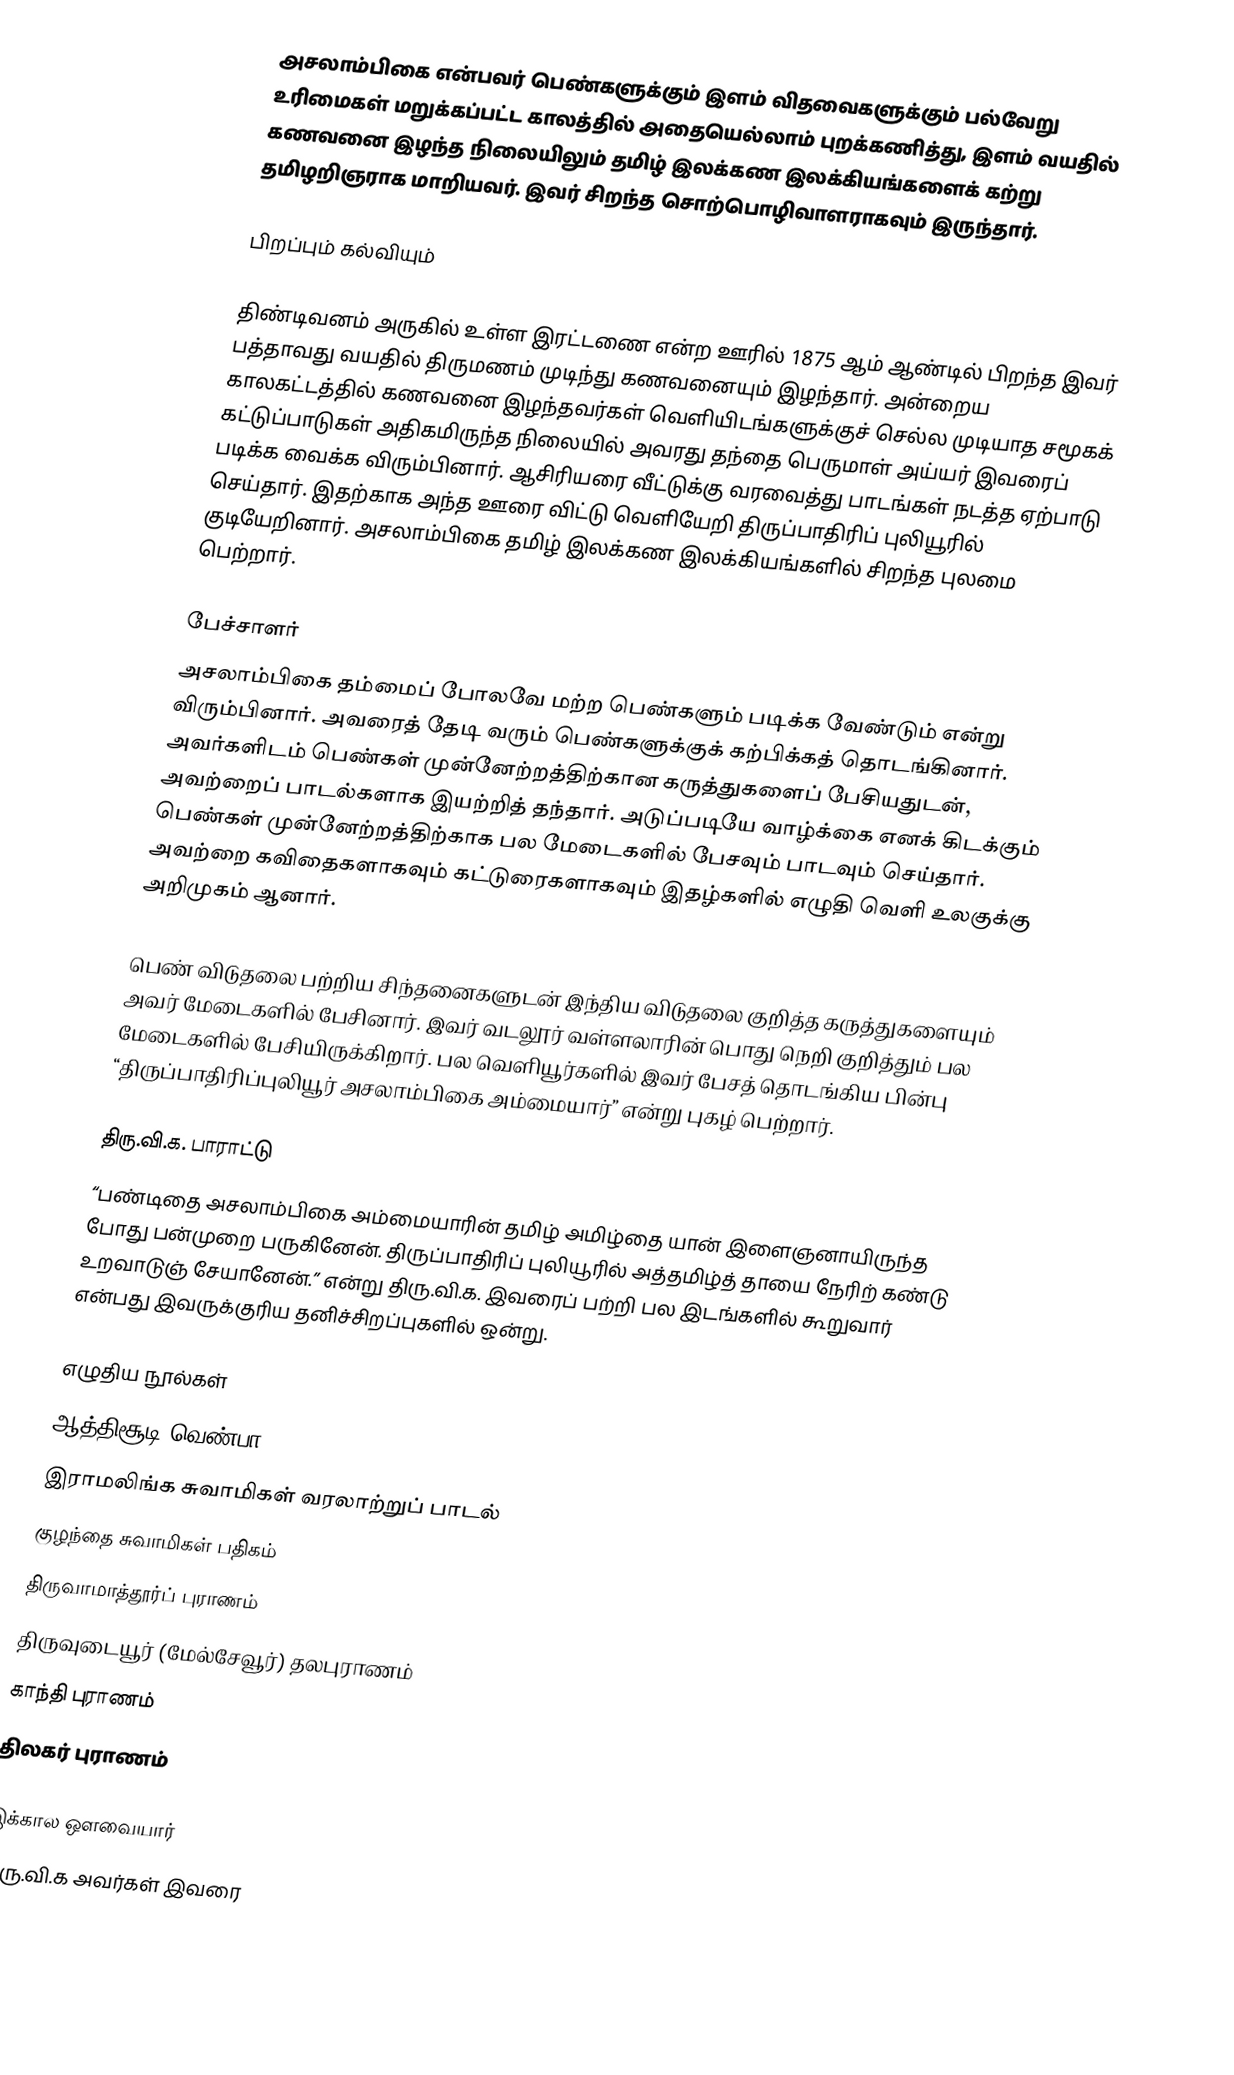
அசலாம்பிகை என்பவர் பெண்களுக்கும் இளம் விதவைகளுக்கும் பல்வேறு உரிமைகள் மறுக்கப்பட்ட காலத்தில் அதையெல்லாம் புறக்கணித்து, இளம் வயதில் கணவனை இழந்த நிலையிலும் தமிழ் இலக்கண இலக்கியங்களைக் கற்று தமிழறிஞராக மாறியவர். இவர் சிறந்த சொற்பொழிவாளராகவும் இருந்தார்.

பிறப்பும் கல்வியும்

திண்டிவனம் அருகில் உள்ள இரட்டணை என்ற ஊரில் 1875 ஆம் ஆண்டில் பிறந்த இவர் பத்தாவது வயதில் திருமணம் முடிந்து கணவனையும் இழந்தார். அன்றைய காலகட்டத்தில் கணவனை இழந்தவர்கள் வெளியிடங்களுக்குச் செல்ல முடியாத சமூகக் கட்டுப்பாடுகள் அதிகமிருந்த நிலையில் அவரது தந்தை பெருமாள் அய்யர் இவரைப் படிக்க வைக்க விரும்பினார். ஆசிரியரை வீட்டுக்கு வரவைத்து பாடங்கள் நடத்த ஏற்பாடு செய்தார். இதற்காக அந்த ஊரை விட்டு வெளியேறி திருப்பாதிரிப் புலியூரில் குடியேறினார். அசலாம்பிகை தமிழ் இலக்கண இலக்கியங்களில் சிறந்த புலமை பெற்றார்.

பேச்சாளர்
அசலாம்பிகை தம்மைப் போலவே மற்ற பெண்களும் படிக்க வேண்டும் என்று விரும்பினார். அவரைத் தேடி வரும் பெண்களுக்குக் கற்பிக்கத் தொடங்கினார். அவர்களிடம் பெண்கள் முன்னேற்றத்திற்கான கருத்துகளைப் பேசியதுடன், அவற்றைப் பாடல்களாக இயற்றித் தந்தார். அடுப்படியே வாழ்க்கை எனக் கிடக்கும் பெண்கள் முன்னேற்றத்திற்காக பல மேடைகளில் பேசவும் பாடவும் செய்தார். அவற்றை கவிதைகளாகவும் கட்டுரைகளாகவும் இதழ்களில் எழுதி வெளி உலகுக்கு அறிமுகம் ஆனார்.

பெண் விடுதலை பற்றிய சிந்தனைகளுடன் இந்திய விடுதலை குறித்த கருத்துகளையும் அவர் மேடைகளில் பேசினார். இவர் வடலூர் வள்ளலாரின் பொது நெறி குறித்தும் பல மேடைகளில் பேசியிருக்கிறார். பல வெளியூர்களில் இவர் பேசத் தொடங்கிய பின்பு “திருப்பாதிரிப்புலியூர் அசலாம்பிகை அம்மையார்” என்று புகழ் பெற்றார்.

திரு.வி.க. பாராட்டு
“பண்டிதை அசலாம்பிகை அம்மையாரின் தமிழ் அமிழ்தை யான் இளைஞனாயிருந்த போது பன்முறை பருகினேன். திருப்பாதிரிப் புலியூரில் அத்தமிழ்த் தாயை நேரிற் கண்டு உறவாடுஞ் சேயானேன்.” என்று திரு.வி.க. இவரைப் பற்றி பல இடங்களில் கூறுவார் என்பது இவருக்குரிய தனிச்சிறப்புகளில் ஒன்று.

எழுதிய நூல்கள்
 ஆத்திசூடி வெண்பா
 இராமலிங்க சுவாமிகள் வரலாற்றுப் பாடல்
 குழந்தை சுவாமிகள் பதிகம்
 திருவாமாத்தூர்ப் புராணம்
 திருவுடையூர் (மேல்சேவூர்) தலபுராணம்
 காந்தி புராணம்
 திலகர் புராணம்

இக்கால ஔவையார்
திரு.வி.க அவர்கள் இவரை